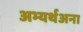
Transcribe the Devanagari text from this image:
अभ्यर्थअना